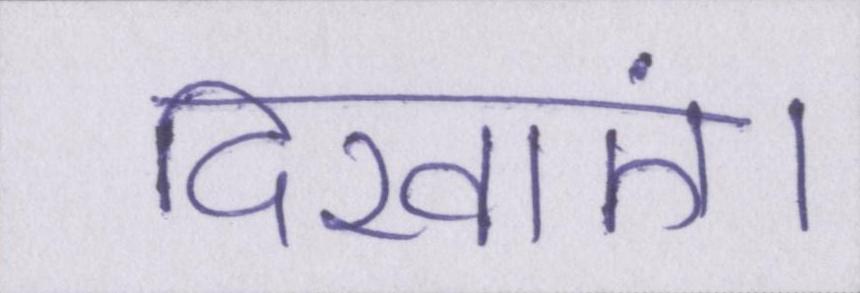
दिखाएं।